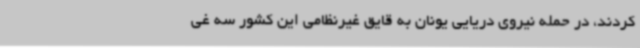
کردند، در حمله نیروی دریایی یونان به قایق غیرنظامی این کشور سه غی